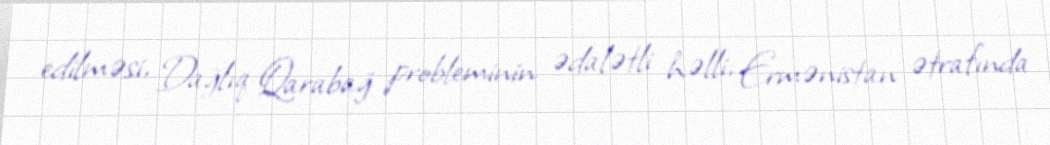
edilməsi, Dağlıq Qarabağ probleminin ədalətli həlli, Ermənistan ətrafında